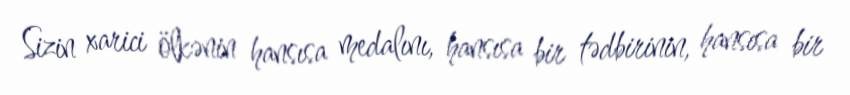
Sizin xarici ölkənin hansısa medalını, hansısa bir tədbirinin, hansısa bir